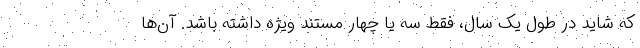
که شاید در طول یک سال، فقط سه یا چهار مستند ویژه داشته باشد. آن‌ها